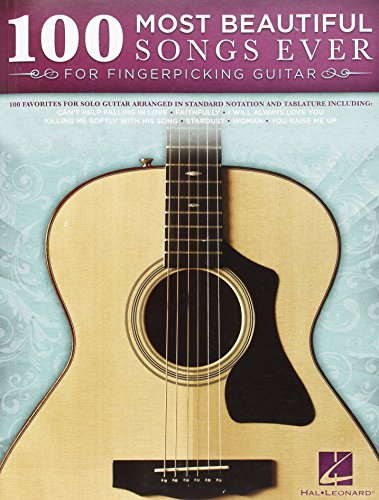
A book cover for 100 Most Beautiful Songs Ever: for Fingerpicking Guitar; Hal Leonard Corp.; Humor & Entertainment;